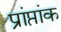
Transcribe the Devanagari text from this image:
प्रांप्तांक